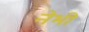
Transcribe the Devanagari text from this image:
नेभी